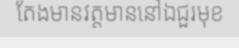
តែងមានវត្តមាននៅឯជួរមុខ